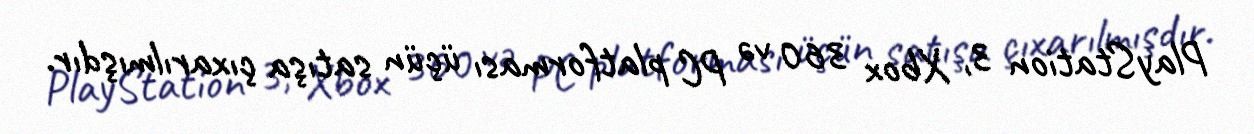
PlayStation 3, Xbox 360 və PC platforması üçün satışa çıxarılmışdır.